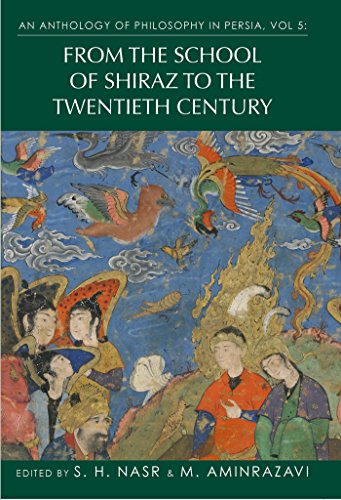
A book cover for An Anthology of Philosophy in Persia, Vol V: From the School of Shiraz to the Twentieth Century; Seyyed Hossein Nasr; Religion & Spirituality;